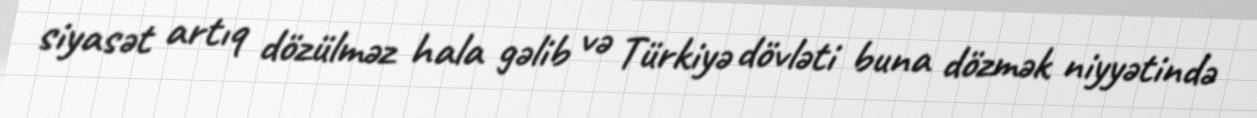
siyasət artıq dözülməz hala gəlib və Türkiyə dövləti buna dözmək niyyətində